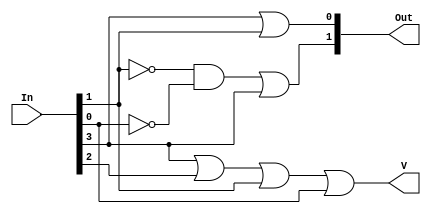
module Priority_Encoder4( 
 input wire [3:0] In,
 output wire [1:0] Out,
 output wire V
 ); 

//priority 3 -> 1 -> 0 -> 2
wire tempAnd;
and(tempAnd, !In[1], !In[0]); 
or c1(Out[1], tempAnd, In[3]);
or c2(Out[0], In[3], In[1]);
or c3(V, In[3], In[2], In[1], In[0]);


endmodule